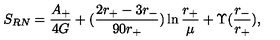
S _ { R N } = { \frac { A _ { + } } { 4 G } } + ( { \frac { 2 r _ { + } - 3 r _ { - } } { 9 0 r _ { + } } } ) \ln { \frac { r _ { + } } { \mu } } + \Upsilon ( { \frac { r _ { - } } { r _ { + } } } ) ,